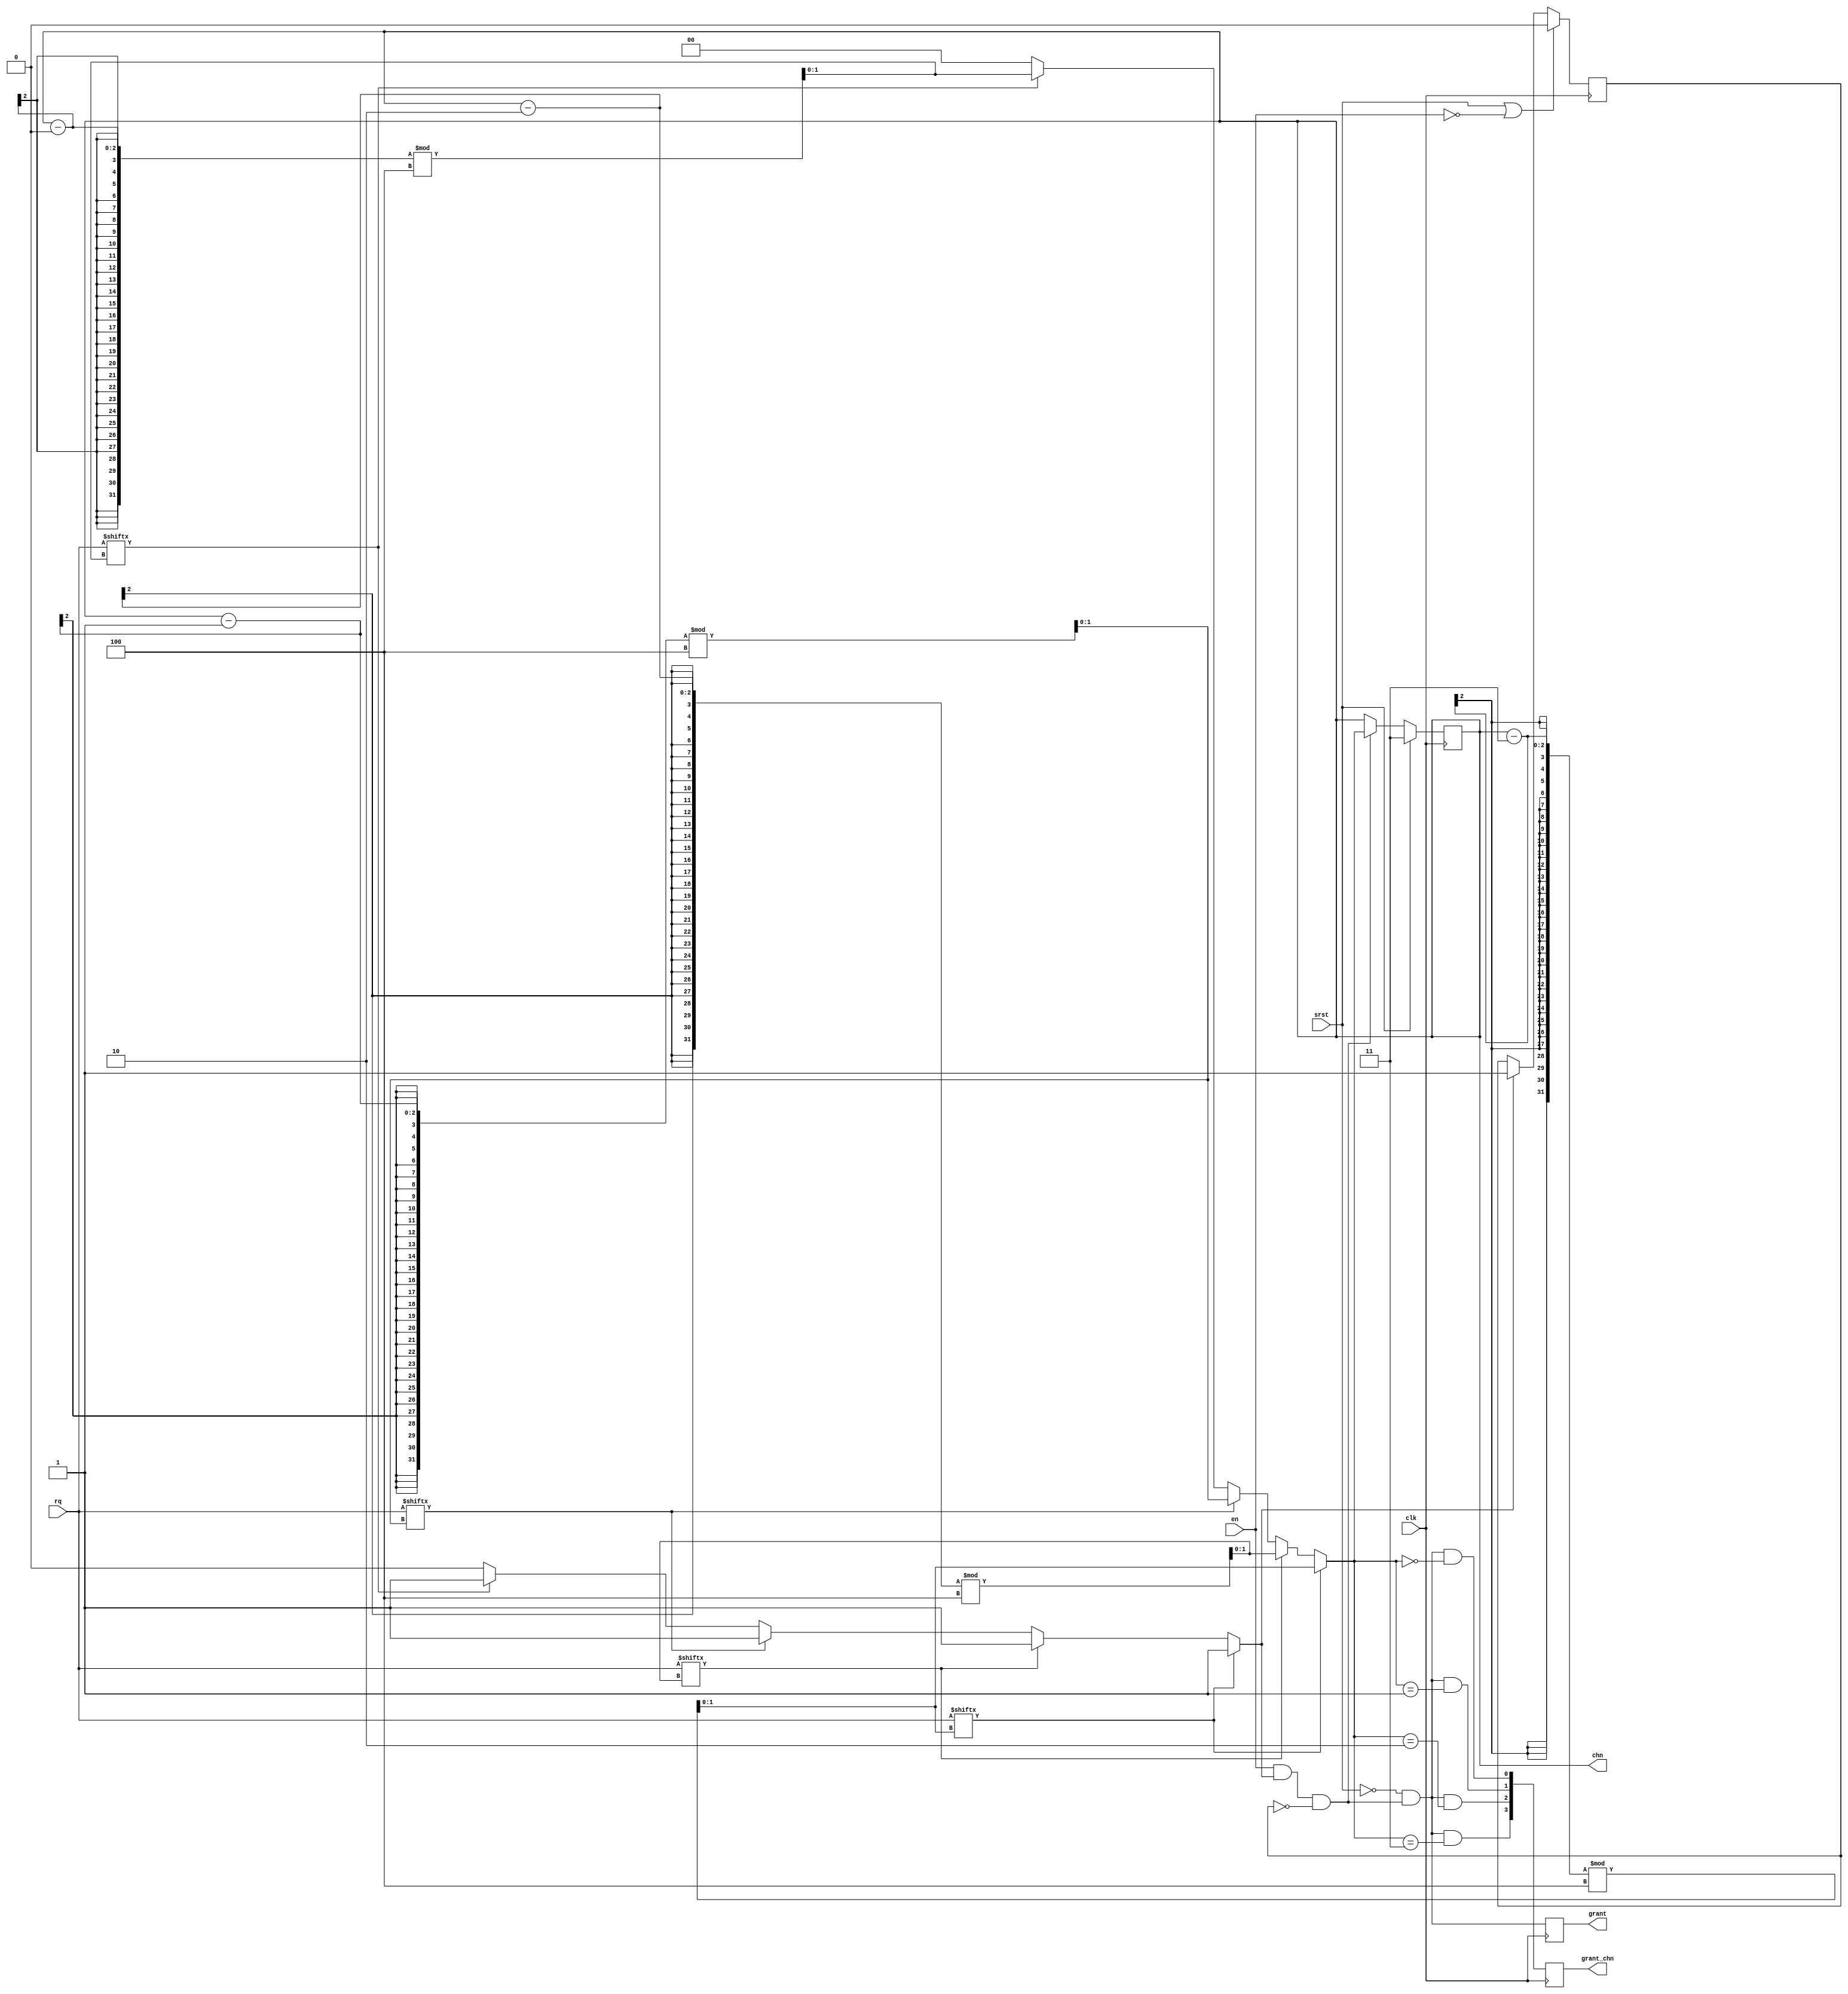
/*!
 * <b>Module:</b>round_robin
 * @file round_robin.v
 * @date 2015-07-10  
 * @author Andrey Filippov     
 *
 * @brief Round-robin arbiter
 *
 * @copyright Copyright (c) 2015 Elphel, Inc .
 *
 * <b>License:</b>
 *
 * round_robin.v is free software; you can redistribute it and/or modify
 * it under the terms of the GNU General Public License as published by
 * the Free Software Foundation, either version 3 of the License, or
 * (at your option) any later version.
 *
 *  round_robin.v is distributed in the hope that it will be useful,
 * but WITHOUT ANY WARRANTY; without even the implied warranty of
 * MERCHANTABILITY or FITNESS FOR A PARTICULAR PURPOSE.  See the
 * GNU General Public License for more details.
 *
 * You should have received a copy of the GNU General Public License
 * along with this program.  If not, see <http://www.gnu.org/licenses/> .
 *
 * Additional permission under GNU GPL version 3 section 7:
 * If you modify this Program, or any covered work, by linking or combining it
 * with independent modules provided by the FPGA vendor only (this permission
 * does not extend to any 3-rd party modules, "soft cores" or macros) under
 * different license terms solely for the purpose of generating binary "bitstream"
 * files and/or simulating the code, the copyright holders of this Program give
 * you the right to distribute the covered work without those independent modules
 * as long as the source code for them is available from the FPGA vendor free of
 * charge, and there is no dependence on any encrypted modules for simulating of
 * the combined code. This permission applies to you if the distributed code
 * contains all the components and scripts required to completely simulate it
 * with at least one of the Free Software programs.
 */
`timescale 1ns/1ps

module  round_robin #(
    parameter FIXED_PRIORITY = 0, // 0 - round-robin, 1 - fixed channel priority (0 - highest)
    parameter BITS =           2  // number of bits to encode channel number (1 << BITS) - number of inputs
)(
    input                         clk,
    input                         srst, // sync. reset - needed to reset current channel
    input      [(1 << BITS) -1:0] rq,   // request vector
    input                         en,    // enable to grant highest priority request (should be reset by grant)
    output reg                    grant, // changed to 1-cycle long (was: stays on until reset by !en)
    output             [BITS-1:0] chn,
    output reg [(1 << BITS) -1:0] grant_chn);  // 1-hot grant output per-channel, single-clock pulse
    
    reg           [BITS-1:0] last_chn;
    wire                     valid;
    wire          [BITS-1:0] next_chn;
    wire                     pre_grant_w;
    reg                      grant_r;
    
    assign pre_grant_w = en && valid &&!grant_r;
//    assign grant = grant_r;
    assign chn =   last_chn;
    
    assign {valid, next_chn}= func_selrr (rq, FIXED_PRIORITY?((1 << BITS) -1):last_chn);
    always @ (posedge clk) begin
        if      (srst)        last_chn <= (1 << BITS) -1;
        else if (pre_grant_w) last_chn <= next_chn;
        
        if (srst || !en) grant_r <= 0;
        else if (valid)  grant_r <= 1; // grant will stay on until reset by !en
        
        grant_chn <= func_demux (!srst && pre_grant_w, next_chn);

        grant <= !srst && pre_grant_w;
        
    end
    
    // round-robin priority encode
    function [BITS : 0] func_selrr; // returns {valid, chn}
        input [(1 << BITS) -1:0] rq;       // request vector
        input         [BITS-1:0] cur_chn;  // current (last served) channel - lowest priority
        reg                      valid;    // at least one request
        reg         [BITS - 1:0] chn, sample_chn;
        integer                  i;
        begin
            valid = 0;
            chn   = 0;
            for (i = 0; i < (1 << BITS); i = i+1) begin
                sample_chn = (cur_chn - i) % (1 << BITS);
                if (rq[sample_chn]) begin
                    valid = 1;
                    chn = sample_chn;
                end    
            end
            func_selrr = {valid,chn};
        end
    endfunction
    
    function  [(1 << BITS) -1:0] func_demux;
        input              en;
        input [BITS - 1:0] sel;
        integer i;
        begin
            for (i=0; i < (1 << BITS); i = i + 1) begin
                func_demux[i] = en && (sel == i); 
            end
        end
    endfunction
    
endmodule